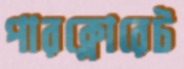
পারক্লোরেট